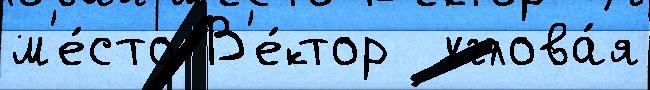
м'е́сто В'е́ктор  углова́я